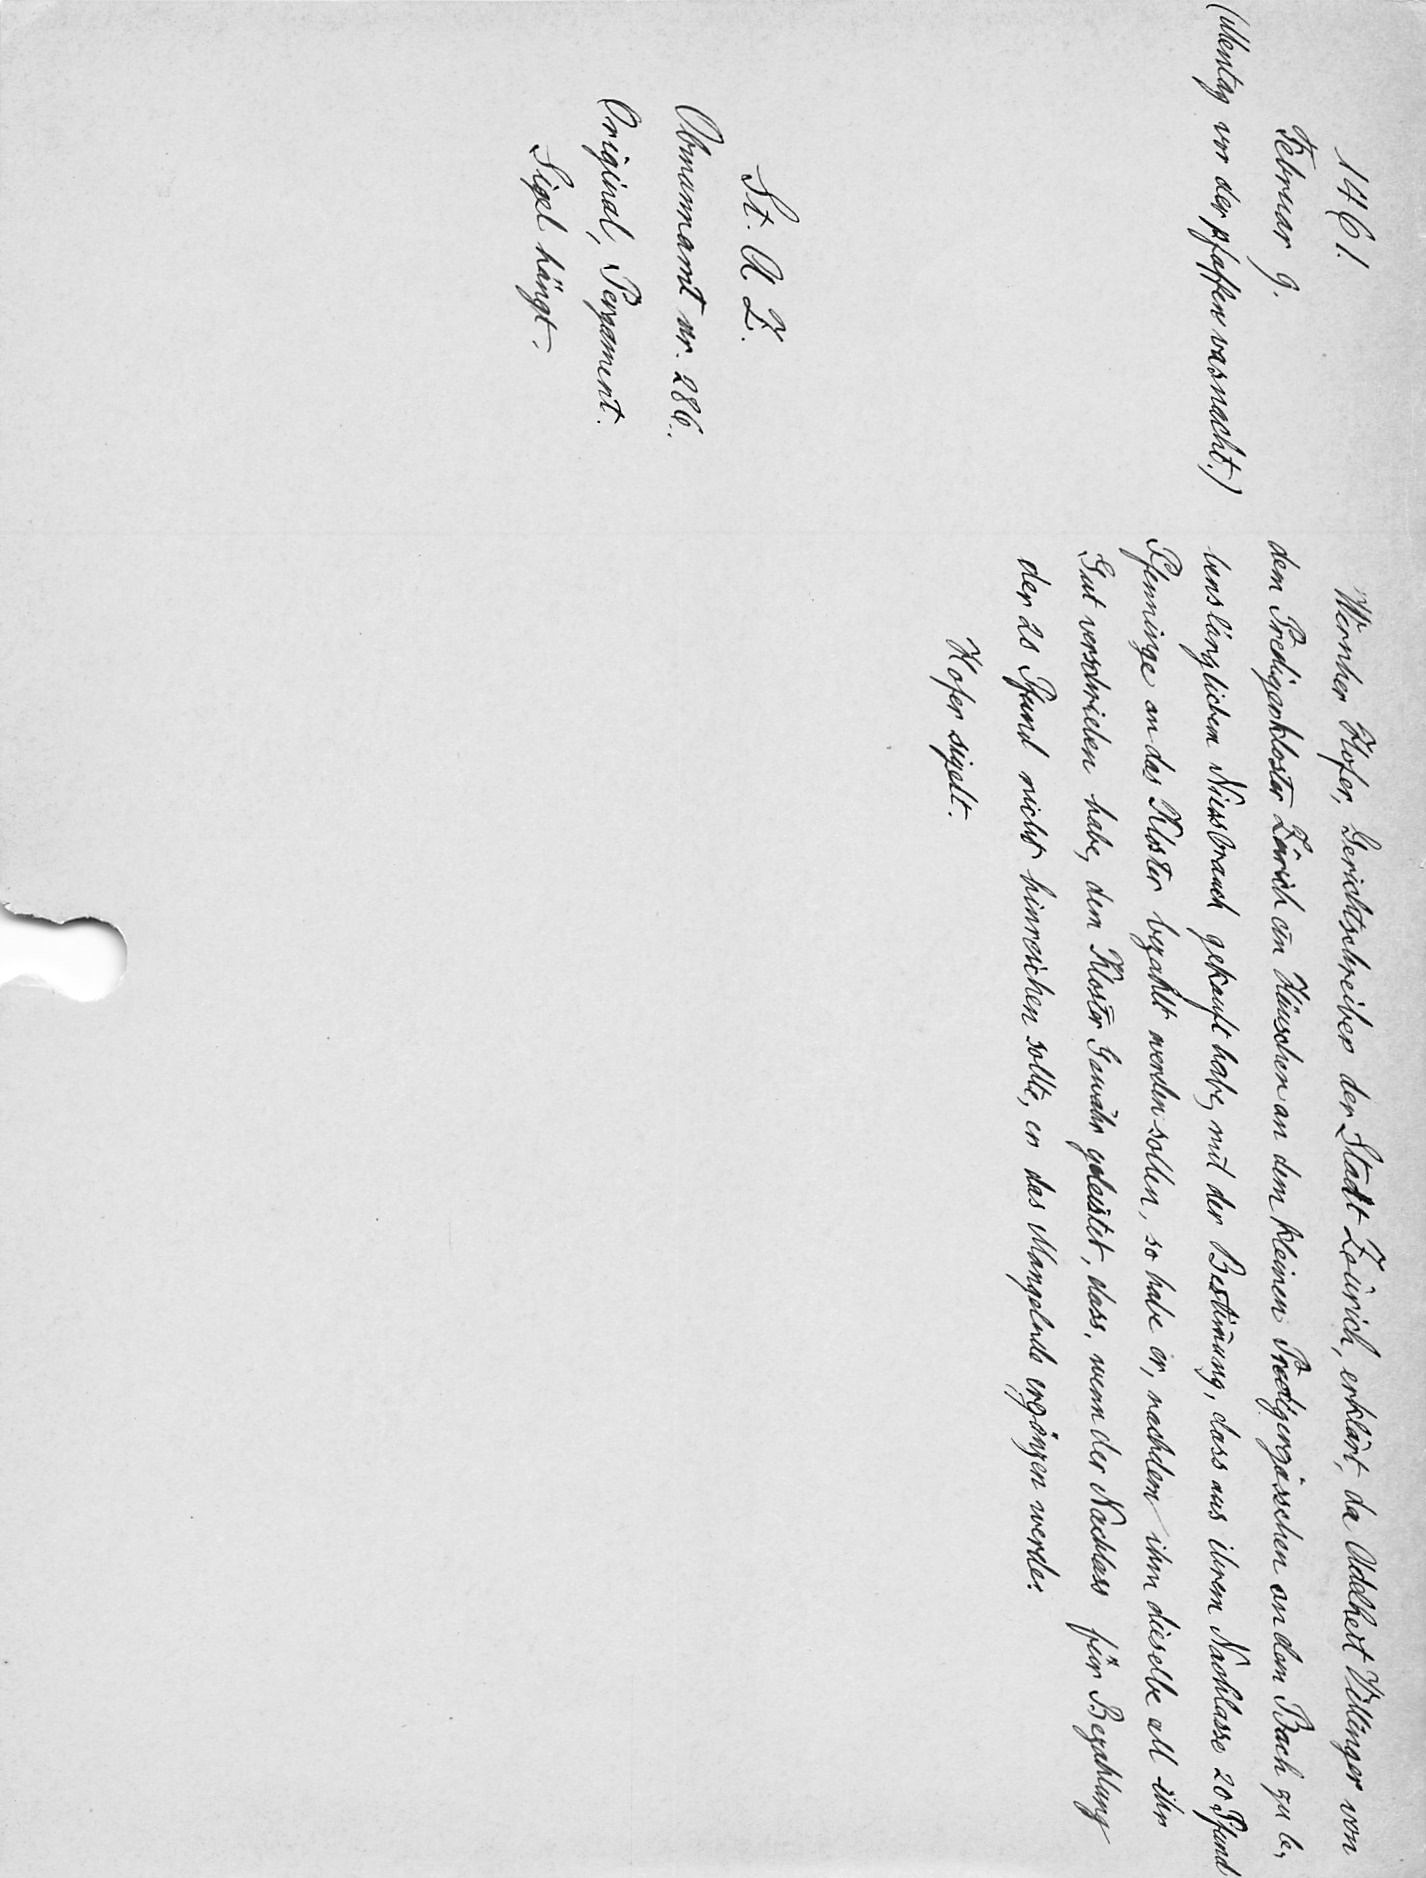
Wernher Hofer, Gerichtschreiber der Stadt Zürich, erklärt, da Adelhert Villinger von
dem Predigerkloster Zürich ein Häuschen an dem kleinen Predigergasschen an dem Bach zu be.
benslänglichem Niessbrauch gekauft habe, mit der Bestimung, dass aus ihrem Nachlasse 20 Pfund
Pfenninge an das Kloster bezahlt werden sollen, so habe er, nachdem ihm dieselbe all ihr
Gut verschrieben habe, dem Kloster Gewähr geleistet, dass, wenn der Nachlass für Bezahlung
der 20 Pfund nicht hinreichen sollte, er das Mangelnde ergänzen werder
Hofer sigelt.

1461
Februar 9.
(Mentag vor der pfaffen vasnacht.)
St. A. Z.
Obmannamt nr. 286.
Original Pergament.
Sigel hängt.